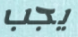
يجب